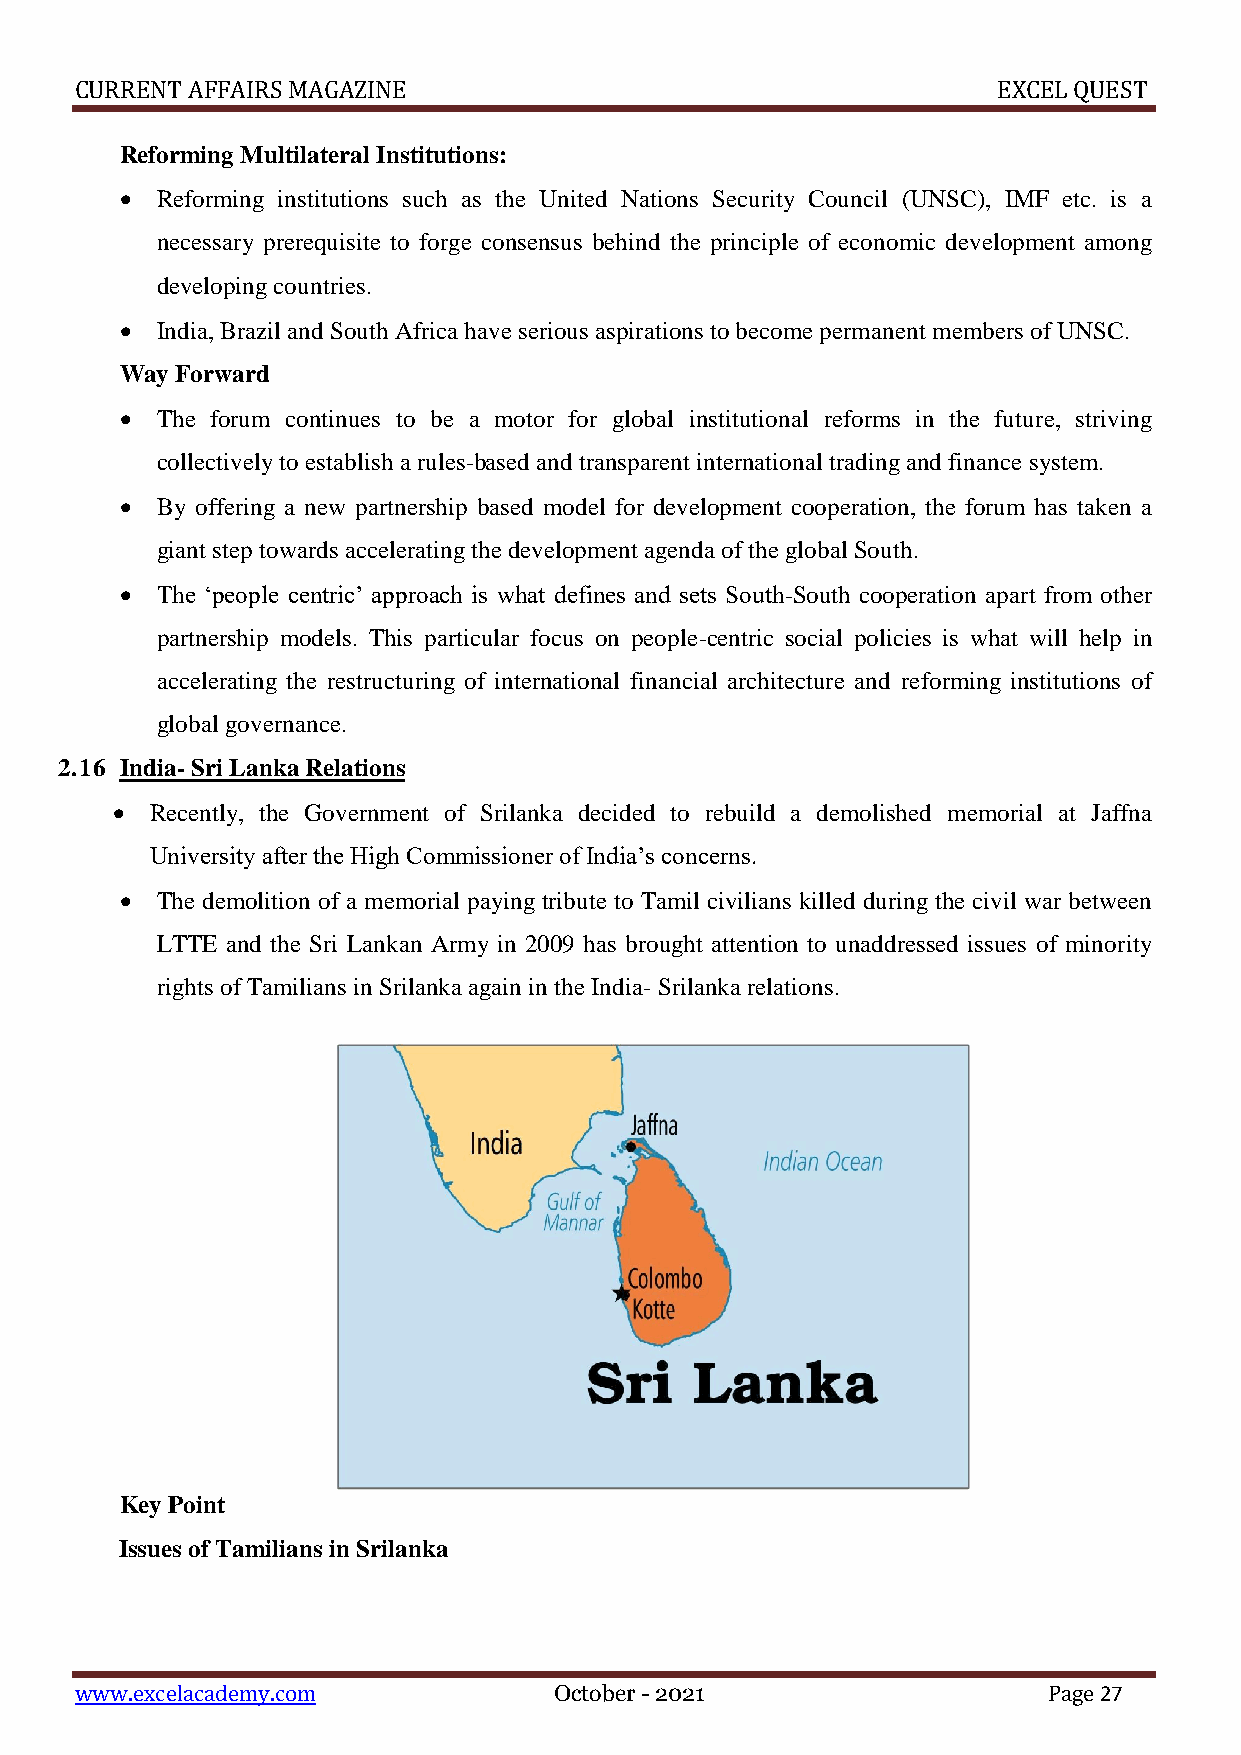
CURRENT AFFAIRS MAGAZINE                                     EXCEL QUEST
 Reforming Multilateral Institutions:
  Reforming institutions such as the United Nations Security Council (UNSC), IMF etc. is a
 necessary prerequisite to forge consensus behind the principle of economic development among
 developing countries.
  India, Brazil and South Africa have serious aspirations to become permanent members of UNSC.
 Way Forward
  The forum continues to be a motor for global institutional reforms in the future, striving
 collectively to establish a rules-based and transparent international trading and finance system.
  By offering a new partnership based model for development cooperation, the forum has taken a
 giant step towards accelerating the development agenda of the global South.
  The ‘people centric’ approach is what defines and sets South-South cooperation apart from other
 partnership models. This particular focus on people-centric social policies is what will help in
 accelerating the restructuring of international financial architecture and reforming institutions of
 global governance.
 2.16 India- Sri Lanka Relations
   Recently, the Government of Srilanka decided to rebuild a demolished memorial at Jaffna
 University after the High Commissioner of India’s concerns.
  The demolition of a memorial paying tribute to Tamil civilians killed during the civil war between
 LTTE and the Sri Lankan Army in 2009 has brought attention to unaddressed issues of minority
 rights of Tamilians in Srilanka again in the India- Srilanka relations.
 Key Point
 Issues of Tamilians in Srilanka
 www.excelacademy.com            October - 2021                  Page 27